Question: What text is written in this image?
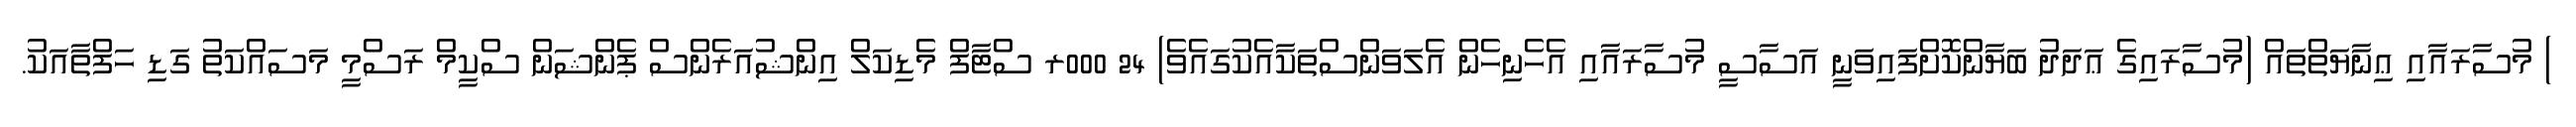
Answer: ) މުސާރައާއި ޢިނާޔަތްތައް (މުސާރައިގެ ޢަދަދު ބަޔާންކޮށްފައިވަނީ އަސާސީ މުސާރައާއި އެހެނިހެން އެލަވަންސްތަކާއެކުގައެވެ) 24 000ރ ސްޓާފް މެޑިކަލް އިންޝުއަރެންސް ޕެންޝަން ސްކީމް ރަސްމީ މަސައްކަތު ގަޑި ހަފްތާއަކު.